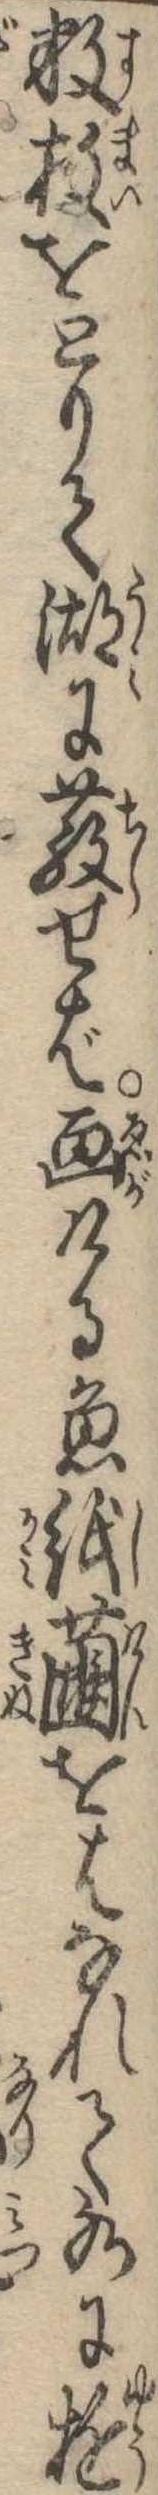
数枚をとりて湖に散せば画ける魚紙繭をはなれて水に遊